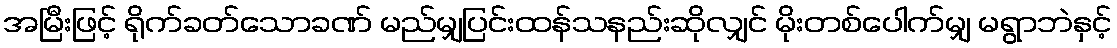
အမြီးဖြင့် ရိုက်ခတ်သောခဏ် မည်မျှပြင်းထန်သနည်းဆိုလျှင် မိုးတစ်ပေါက်မျှ မရွာဘဲနှင့်